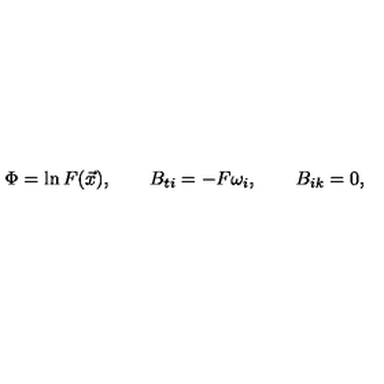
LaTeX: \Phi = \ln F ( \vec { x } ) , \qquad B _ { t i } = - F \omega _ { i } , \qquad B _ { i k } = 0 ,